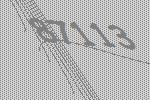
87113